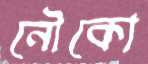
নৌকো